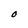
Character: 0